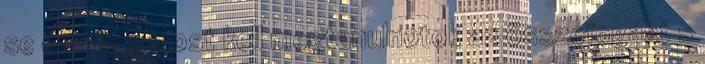
se elérni, s most kell megtanulnotok az összefogást s